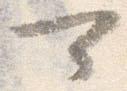
可